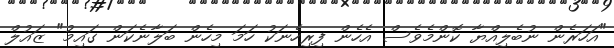
"އަހަރެން ނުބެލިއްޔާ ކޮންމެވެސް އެހެން ފިރިހެނަކު ހަމަ މިހެން ބަލާނެކަން ގައިމު" ޒައުލް